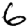
Digit: 6